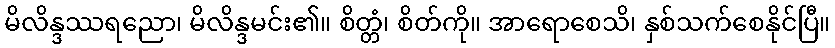
မိလိန္ဒဿရညော၊ မိလိန္ဒမင်း၏။ စိတ္တံ၊ စိတ်ကို။ အာရောစေသိ၊ နှစ်သက်စေနိုင်ပြီ။